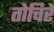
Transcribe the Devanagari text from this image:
तोचिरे